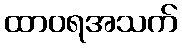
ထာဝရအသက်